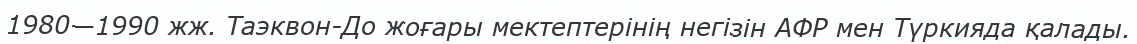
1980—1990 жж. Таэквон-До жоғары мектептерінің негізін АФР мен Түркияда қалады.